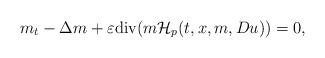
LaTeX: \begin{align*}m_{t}-\Delta m+\varepsilon\mathrm{div}(m\mathcal{H}_{p}(t,x,m,Du))=0,\end{align*}